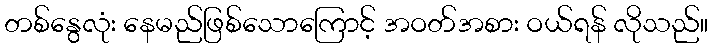
တစ်နွေလုံး နေမည်ဖြစ်သောကြောင့် အဝတ်အစား ဝယ်ရန် လိုသည်။